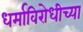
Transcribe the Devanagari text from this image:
धर्माविरोधीच्या